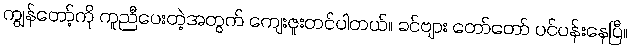
ကျွန်တော့်ကို ကူညီပေးတဲ့အတွက် ကျေးဇူးတင်ပါတယ်။ ခင်ဗျား တော်တော် ပင်ပန်းနေပြီ။